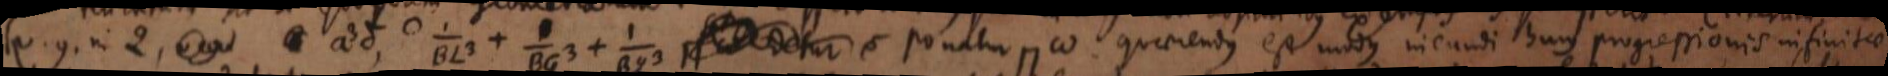
v.g. in Q, a³δ, ⌢_ + _ + _ ⊓ ω detur ponatur ⊓ ω. Quaerendus est modus ineundi hujus progressionis infinitae